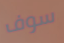
سوف